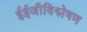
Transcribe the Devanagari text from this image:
ईईजीविश्लेषण